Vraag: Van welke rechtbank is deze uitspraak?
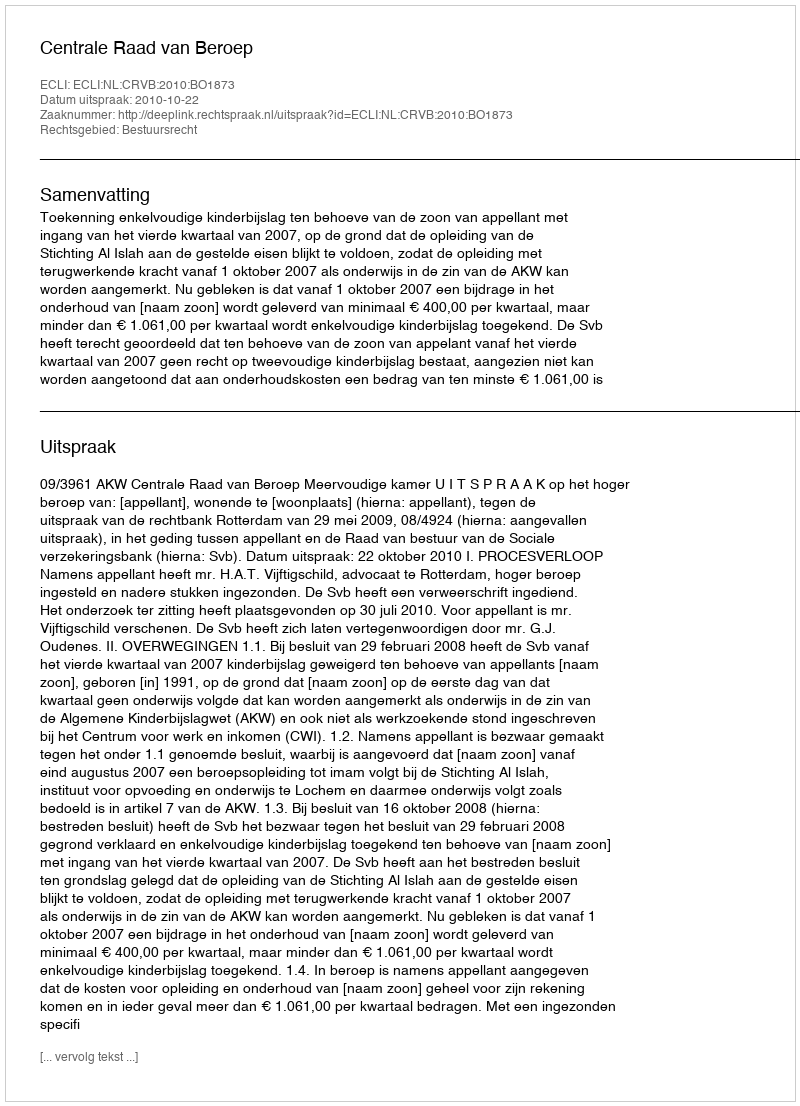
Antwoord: Centrale Raad van Beroep